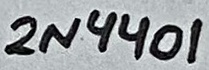
Text: 2N4401